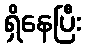
ရှိနေပြီး